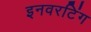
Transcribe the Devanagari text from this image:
इनवरटिंग